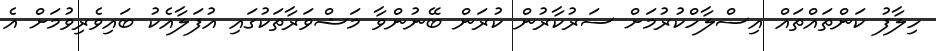
ހިލާފު ކަންތައްތައް އިސްލާހްކުރުމަށް ސަރުކާރުން ކުރަން ބޭނުންވާ މަޝްވަރާތަކުގައި އުފަލާއެކު ބައިވެރިވުމަށް އެ